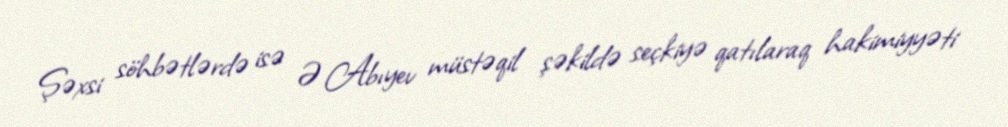
Şəxsi söhbətlərdə isə Ə.Abıyev müstəqil şəkildə seçkiyə qatılaraq hakimiyyəti